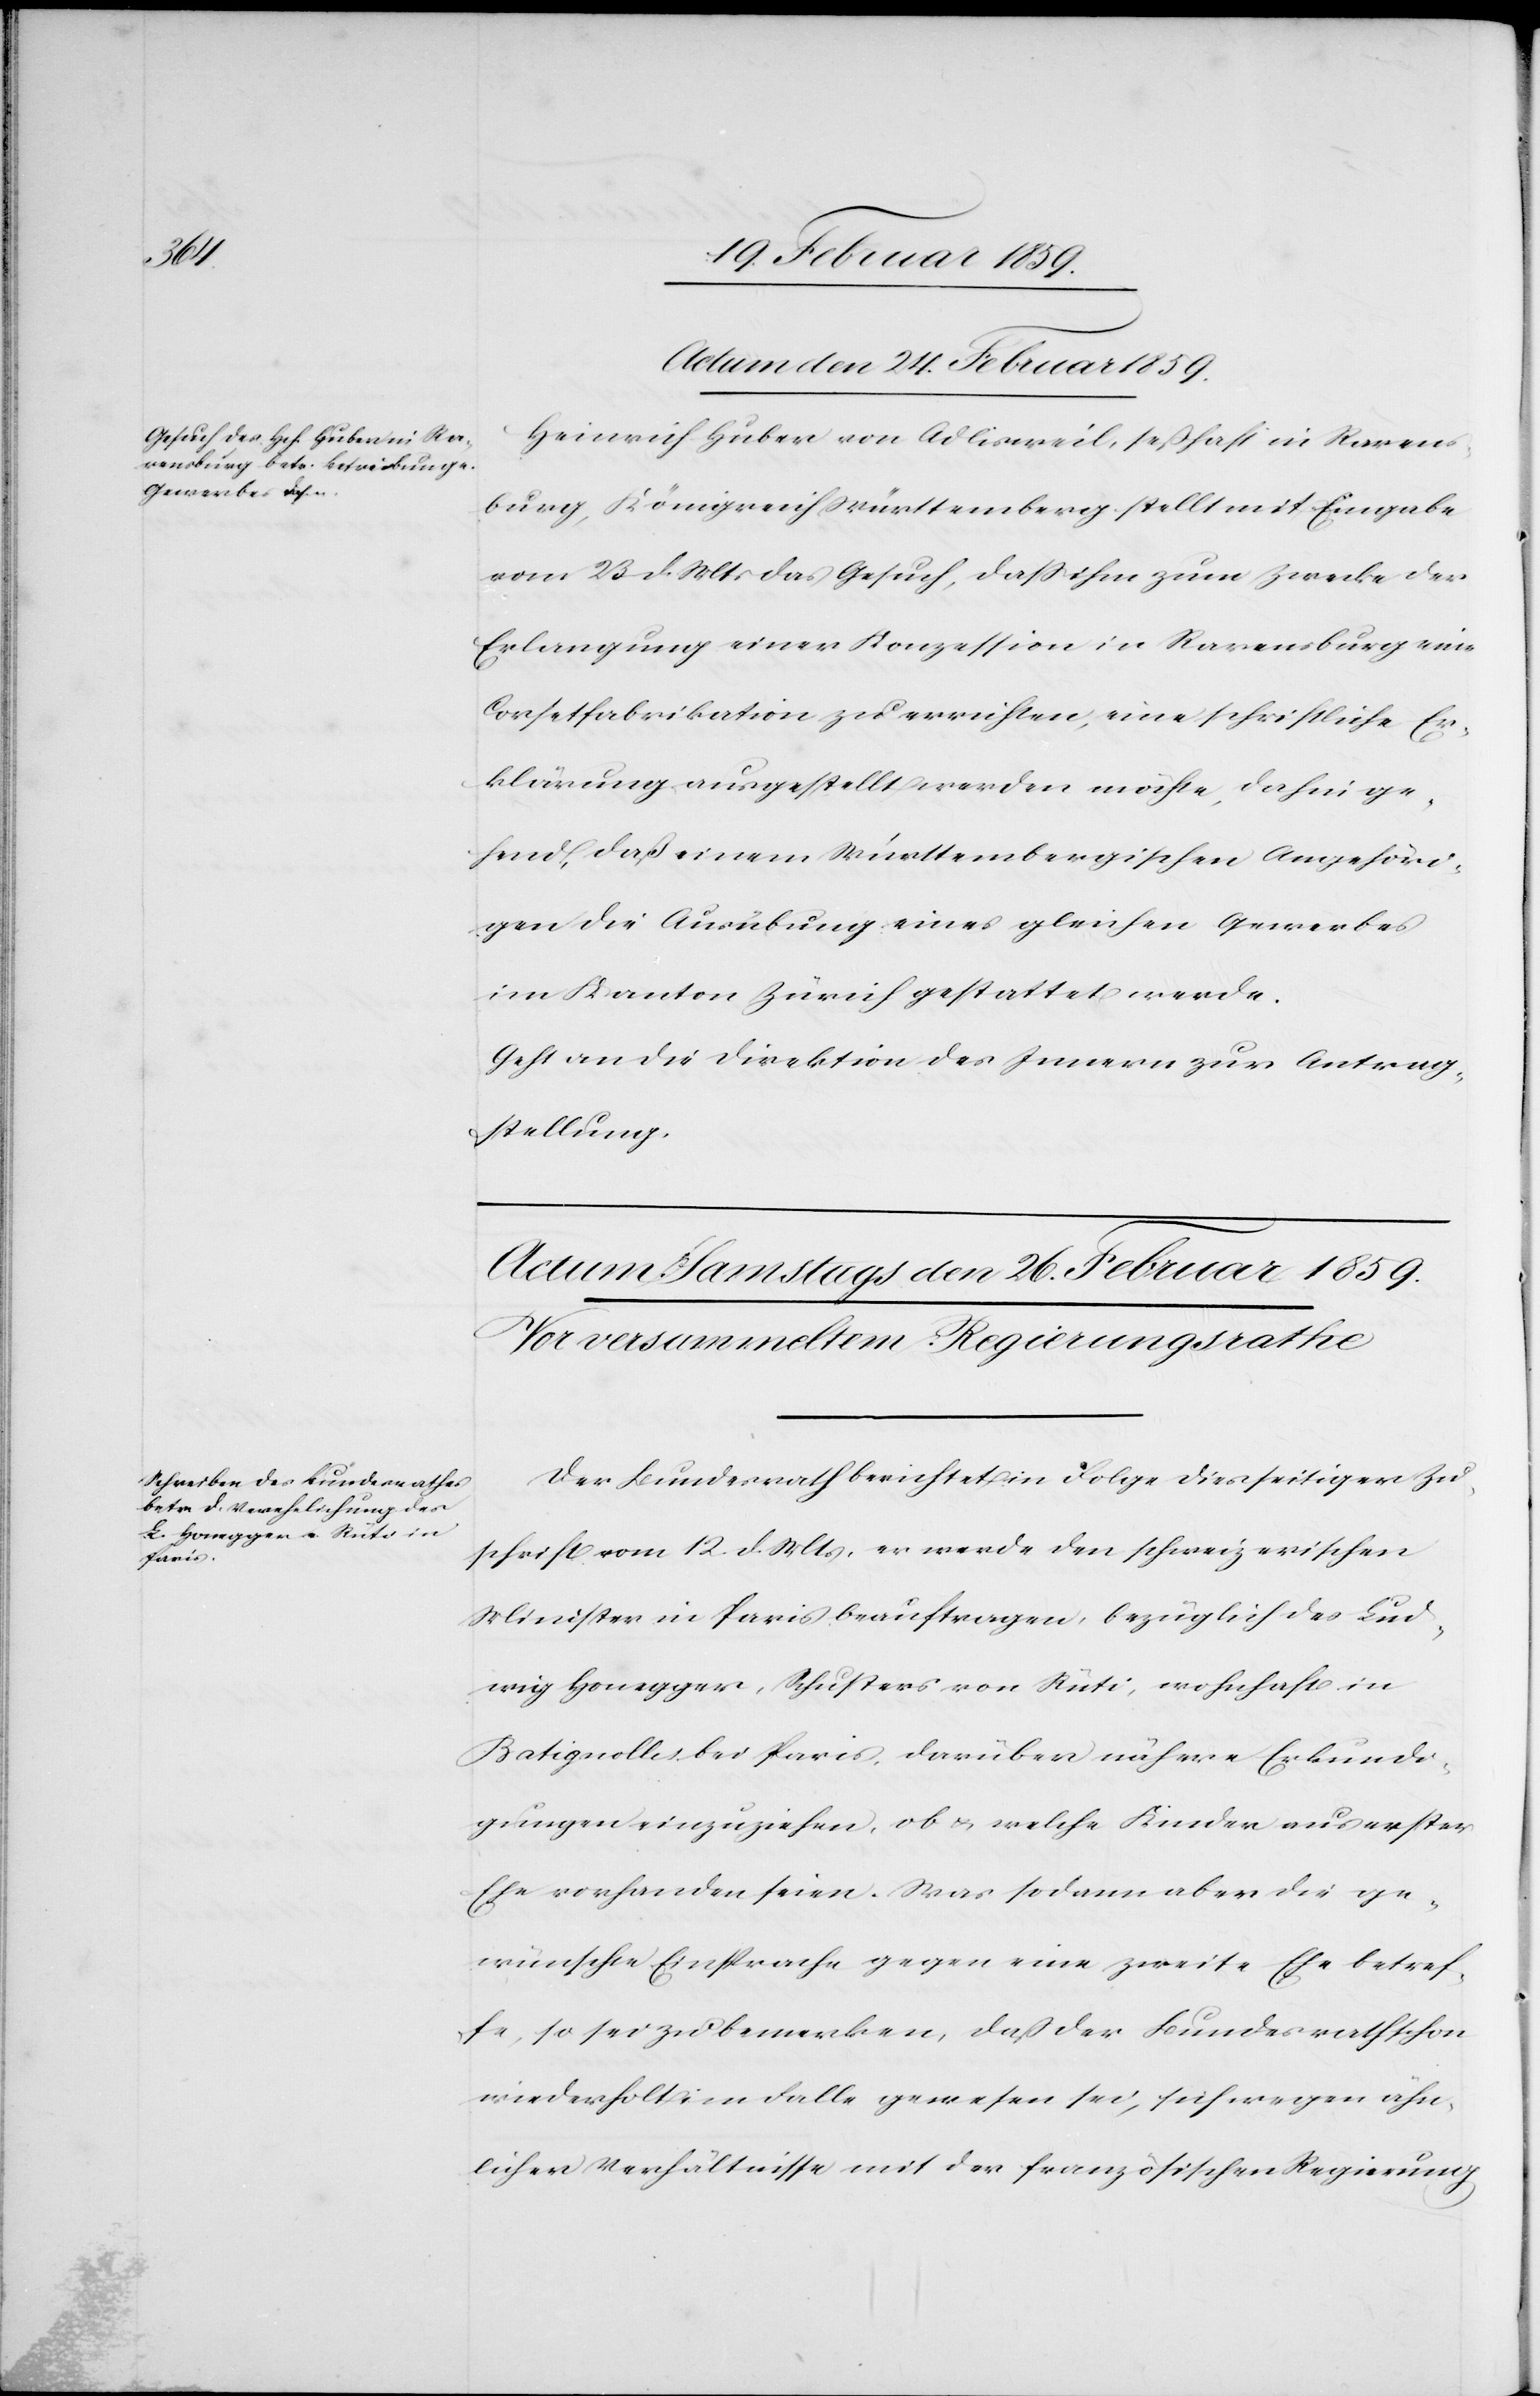
Actum den 24. Februar 1859.
Heinrich Huber von Adlisweil, seßhaft in Ravens¬
burg, Königreich Württemberg stellt mit Eingabe
vom 23 d. Mts das Gesuch, daß ihm zum Zwecke der
Erlangung einer Konzession in Ravensburg eine
Corsetfabrikation zu errichten, eine schriftliche Er¬
klärung ausgestellt werden möchte, dahin ge¬
hend, daß einem Württembergischen Angehöri¬
gen die Ausübung eines gleichen Gewerbes
im Kanton Zürich gestattet werde.
Geht an die Direktion des Innern zur Antrag¬
stellung.
Der Bundesrath berichtet in Folge diesseitiger Zu¬
schrift vom 12. d. Mts. er werde den schweizerischen
Minister in Paris beauftragen, bezüglich des Lud¬
wig Honegger, Schusters von Rüti, wohnhaft in
Batignolles bei Paris, darüber nähere Erkundi¬
gungen einzuziehen, ob u. welche Kinder aus erster
Ehe vorhanden seien. Was sodann aber die ge¬
wünschte Einsprache gegen eine zweite Ehe betref¬
fe, so sei zu bemerken, daß der Bundesrath schon
wiederholt im Falle gewesen sei, sich wegen ähn¬
licher Verhältnisse mit der französischen Regierung